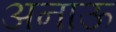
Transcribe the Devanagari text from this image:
अनाऊ